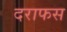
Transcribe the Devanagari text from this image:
दराफस